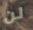
لن